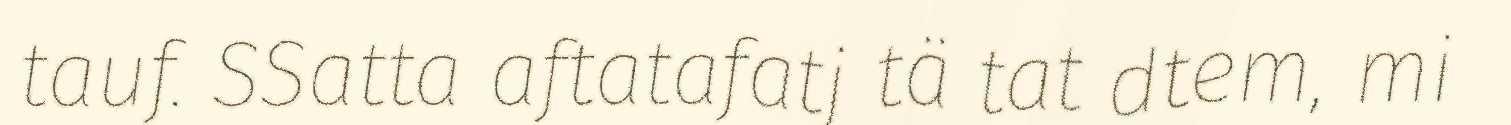
tauf. SSatta aftatafatj tä tat dtem, mi